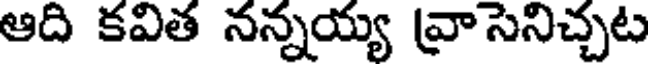
ఆది కవిత నన్నయ్య వ్రాసెనిచ్చట